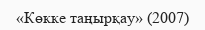
«Көкке таңырқау» (2007)